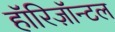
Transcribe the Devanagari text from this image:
हॉरिज़ॉन्टल